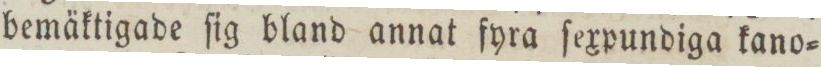
bemäktigade ſig bland annat fyra ſexpundiga kano=